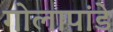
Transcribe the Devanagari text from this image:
गोलापांडे